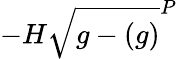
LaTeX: -H\sqrt{g-(g)}^{P}